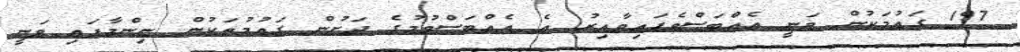
197 ގައުމަކުން ވަނީ އެއްބަސްވެފައިވާއިރު އެ އެއްބަސްވުމުގެ ދަށުން ގައުމުތަކުން ނިންމާފައި ވަނީ